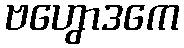
ဗဟွောဒကေ